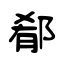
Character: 郩